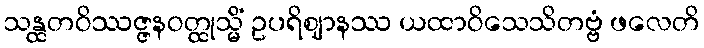
သန္ထတဝိဿဇ္ဇနဝတ္ထုသ္မိံ ဥပရိဈာနဿ ယထာဝိသေသိတဗ္ဗံ ဖလေတိ